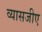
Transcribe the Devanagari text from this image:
व्यासजीए